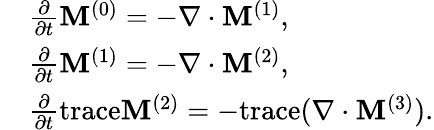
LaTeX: \begin{array}{rl}&{\frac{\partial}{\partial t}\mathbf{M}^{(0)}=-\nabla\cdot\mathbf{M}^{(1)},}\\ &{\frac{\partial}{\partial t}\mathbf{M}^{(1)}=-\nabla\cdot\mathbf{M}^{(2)},}\\ &{\frac{\partial}{\partial t}\mathrm{trace}\mathbf{M}^{(2)}=-\mathrm{trace}(\nabla\cdot\mathbf{M}^{(3)}).}\end{array}